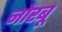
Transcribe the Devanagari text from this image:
नोरबू